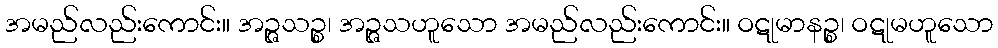
အမည်လည်းကောင်း။ အဉ္ဇသဉ္စ၊ အဉ္ဇသဟူသော အမည်လည်းကောင်း။ ဝဋုမာနဉ္စ၊ ဝဋုမဟူသော